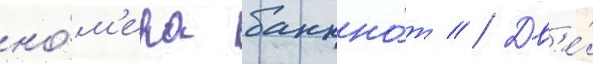
но́м'ера банкно́т // Дв'е́